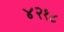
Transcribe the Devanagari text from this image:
४२१८